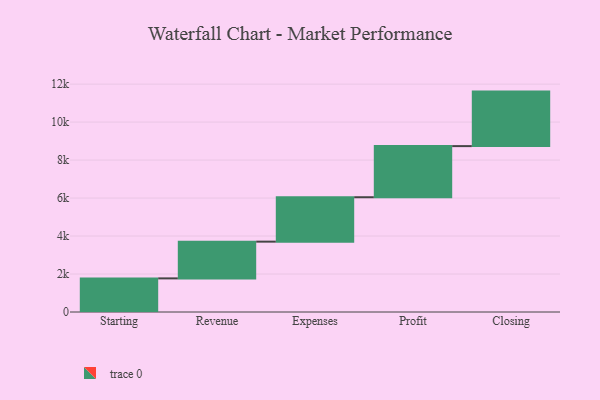
{"axis": {"x": "Step", "y": "Value"}, "legend": [""], "data": [{"x": "Starting", "y": 1770.0, "type": ""}, {"x": "Revenue", "y": 1934.0, "type": ""}, {"x": "Expenses", "y": 2339.0, "type": ""}, {"x": "Profit", "y": 2692.0, "type": ""}, {"x": "Closing", "y": 2870.0, "type": ""}]}